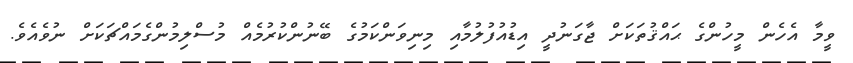
ވީމާ އެހެން މީހުންގެ ޙައްޤުތަކަށް ޖާގަނުދީ އިޑުއުފުލުމާއި މިނިވަންކަމުގެ ބޭނުންކުރުމެއް މުސްލިމުންގެމައްޗަކަށް ނުވެއެވެ.